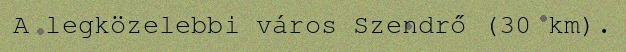
A legközelebbi város Szendrő (30 km).